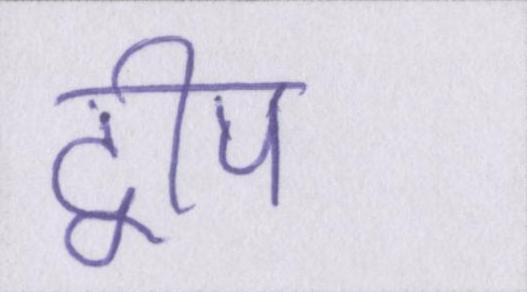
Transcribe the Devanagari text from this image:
द्वीप